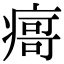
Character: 𰣻